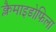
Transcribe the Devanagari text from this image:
क्लैमाइडोफिला